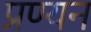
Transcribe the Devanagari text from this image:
प्रण्यन